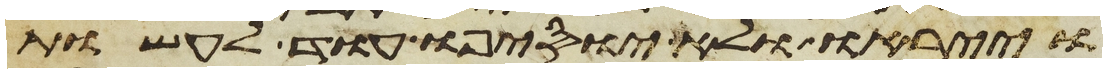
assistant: וייראו ולא יוסיפו עוד לעשות